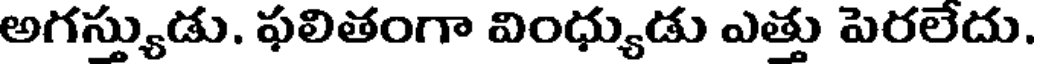
అగస్త్యుడు. ఫలితంగా వింధ్యుడు ఎత్తు పెరలేదు.